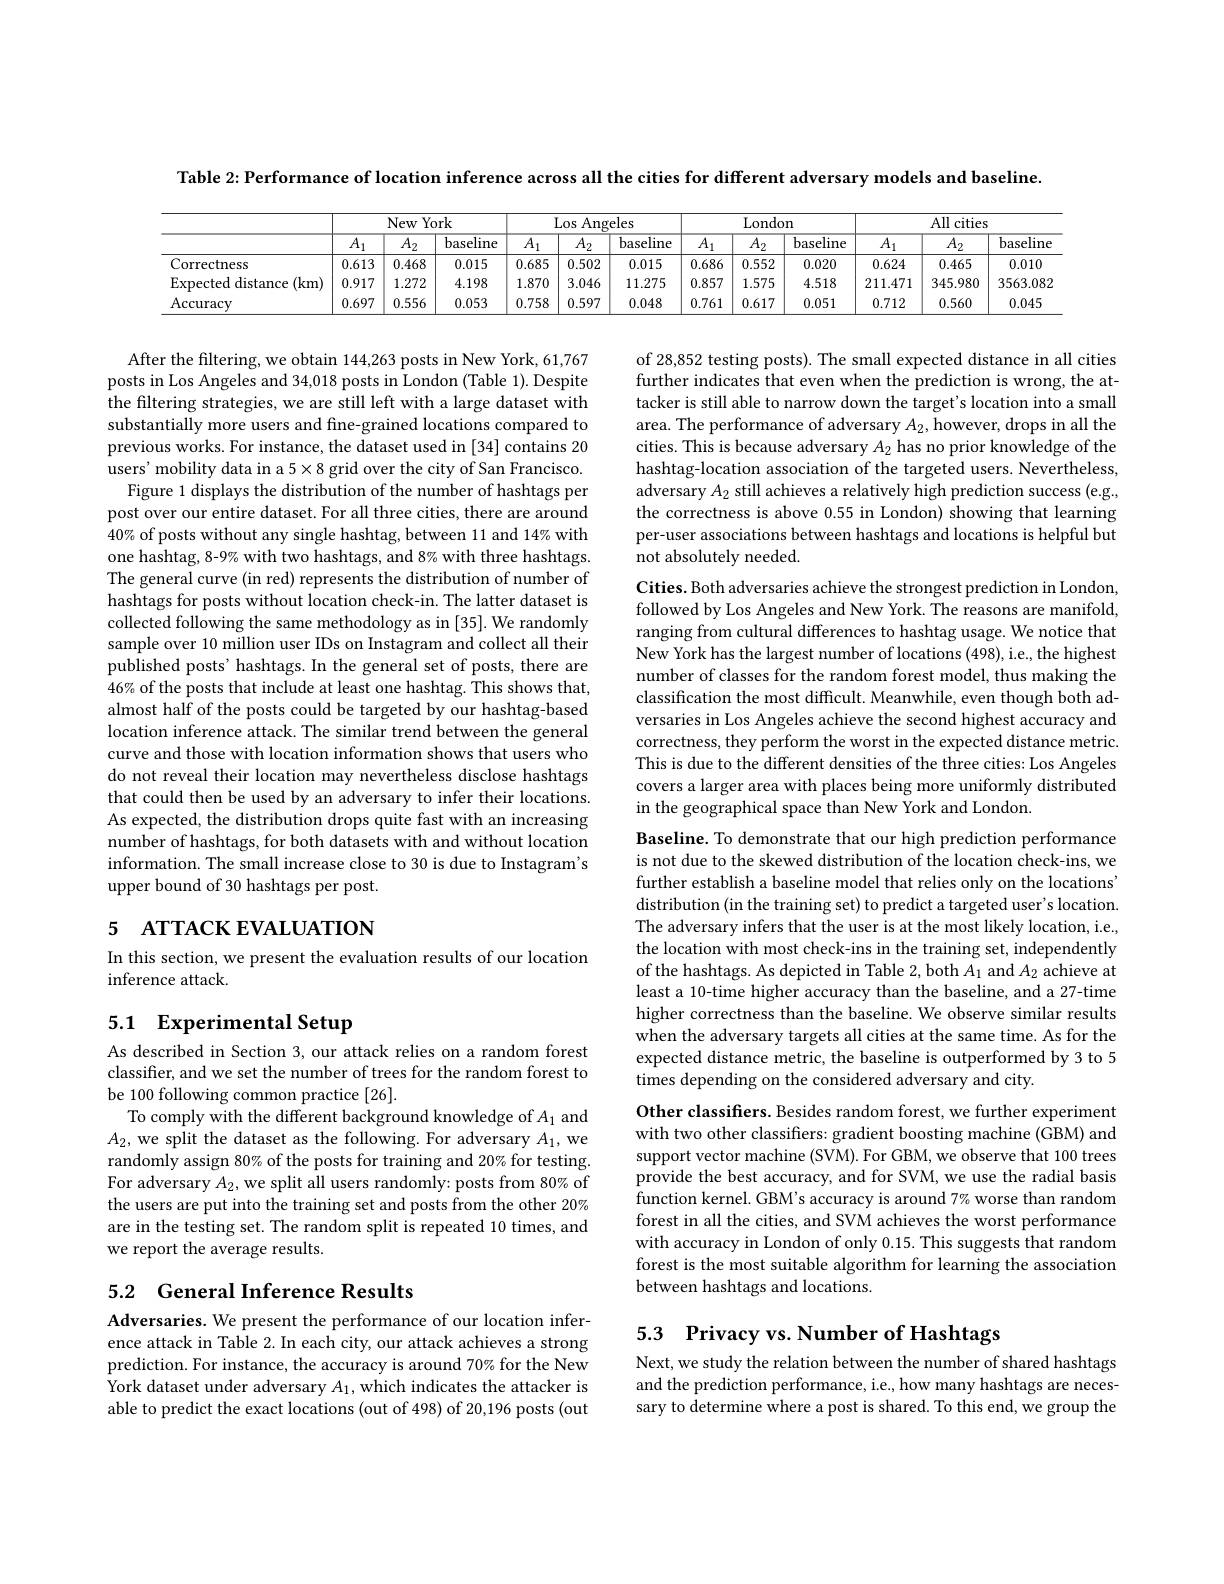
Table 2: Performance of location inference across all the cities for different adversary models and baseline.

<table>
	<tbody>
		<tr>
			<th> </th>
			<th colspan="3">New York</th>
			<th colspan="3">Los Angeles</th>
			<th> </th>
			<th colspan="2">London</th>
			<th colspan="3">All cities</th>
		</tr>
		<tr>
			<th> </th>
			<th>$\overline{A_1}$</th>
			<th>$\overline{A_2}$</th>
			<th>baseline</th>
			<th>$\overline{A_1}$</th>
			<th>$\overline{A_2}$</th>
			<th>baseline</th>
			<th>$\overline{A_1}$</th>
			<th>$\overline{A_2}$</th>
			<th>baseline</th>
			<th>$\overline{A_1}$</th>
			<th>$\overline{A_2}$</th>
			<th>baseline</th>
		</tr>
		<tr>
			<td>Correctness</td>
			<td>0.613</td>
			<td>0.468</td>
			<td>0.015</td>
			<td>0.685</td>
			<td>0.502</td>
			<td>0.015</td>
			<td>0.686</td>
			<td>0.552</td>
			<td>0.020</td>
			<td>0.624</td>
			<td>0.465</td>
			<td>0.010</td>
		</tr>
		<tr>
			<td>$\operatorname{Expected}$ distance (km) $1f$</td>
			<td>0.917</td>
			<td>1.272</td>
			<td>4.198</td>
			<td>1.870</td>
			<td>3.046</td>
			<td>11.275</td>
			<td>0.857</td>
			<td>1.575</td>
			<td>4.518</td>
			<td>211.471</td>
			<td>345.980</td>
			<td>3563.082</td>
		</tr>
		<tr>
			<td>$\operatorname{Accuracy}$</td>
			<td>0.697</td>
			<td>0.556</td>
			<td>0.053</td>
			<td>0.758</td>
			<td>0.597</td>
			<td>0.048</td>
			<td>0.761</td>
			<td>0.617</td>
			<td>0.051</td>
			<td>0.712</td>
			<td>0.560</td>
			<td>0.045</td>
		</tr>
	</tbody>
</table>

of 28,852 testing posts). The small expected distance in all cities further indicates that even when the prediction is wrong, the attacker is still able to narrow down the target's location into a small area. The performance of adversary $A_2$,however, drops in all the cities. This is because adversary $A_2$ has no prior knowledge of the hashtag-location association of the targeted users. Nevertheless, adversary $A_2$ still achieves a relatively high prediction success (e.g., the correctness is above 0.55 in London) showing that learning per-user associations between hashtags and locations is helpful but not absolutely needed.

After the filtering, we obtain 144,263 posts in New York, 61,767 posts in Los Angeles and 34,018 posts in London (Table 1). Despite the filtering strategies, we are still left with a large dataset with substantially more users and fine-grained locations compared to previous works. For instance, the dataset used in [34] contains 20 users' mobility data in a 5$\times8$ grid over the city of San Francisco.
Figure 1 displays the distribution of the number of hashtags per post over our entire dataset. For all three cities, there are around 40% of posts without any single hashtag, between 11 and 14% with one hashtag, 8-9% with two hashtags, and 8% with three hashtags. The general curve (in red) represents the distribution of number of hashtags for posts without location check-in. The latter dataset is collected following the same methodology as in [35]. We randomly sample over 10 million user IDs on Instagram and collect all their published posts' hashtags. In the general set of posts, there are 46% of the posts that include at least one hashtag. This shows that, almost half of the posts could be targeted by our hashtag-based location inference attack. The similar trend between the general curve and those with location information shows that users who do not reveal their location may nevertheless disclose hashtags that could then be used by an adversary to infer their locations. As expected, the distribution drops quite fast with an increasing number of hashtags, for both datasets with and without location information. The small increase close to 30 is due to Instagram's upper bound of 30 hashtags per post.

Cities. Both adversaries achieve the strongest prediction in London, followed by Los Angeles and New York. The reasons are manifold, ranging from cultural differences to hashtag usage. We notice that New York has the largest number of locations (498), i.e., the highest number of classes for the random forest model, thus making the classification the most difficult. Meanwhile, even though both adversaries in Los Angeles achieve the second highest accuracy and correctness, they perform the worst in the expected distance metric. This is due to the different densities of the three cities: Los Angeles covers a larger area with places being more uniformly distributed in the geographical space than New York and London.

# 5 АТТАСК ЕУАLUАТIОN

Baseline. To demonstrate that our high prediction performance is not due to the skewed distribution of the location check-ins, we further establish a baseline model that relies only on the locations' distribution (in the training set) to predict a targeted user's location. The adversary infers that the user is at the most likely location, i.e., the location with most check-ins in the training set, independently of the hashtags. As depicted in Table 2, both $A_1$ and $A_2$ achieve at least a 10-time higher accuracy than the baseline, and a 27-time higher correctness than the baseline. We observe similar results when the adversary targets all cities at the same time. As for the expected distance metric, the baseline is outperformed by 3 to 5 times depending on the considered adversary and city.
Other classifiers. Besides random forest, we further experiment

In this section, we present the evaluation results of our location
inference attack.

# 5.1 Experimental Setup

As described in Section 3, our attack relies on a random forest classifier, and we set the number of trees for the random forest to be 100 following common practice [26].
To comply with the different background knowledge of $A_1$ and $A_2$, we split the dataset as the following. For adversary $A_1$, we randomly assign 80% of the posts for training and 20% for testing. For adversary $A_2$, we split all users randomly: posts from 80% of the users are put into the training set and posts from the other 20% are in the testing set. The random split is repeated 10 times, and we report the average results.

with two other classifiers: gradient boosting machine (GBM) and support vector machine (SVM). For GBM, we observe that 100 trees provide the best accuracy, and for SVM, we use the radial basis function kernel. GBM's accuracy is around 7% worse than random forest in all the cities, and SVM achieves the worst performance with accuracy in London of only 0.15. This suggests that random forest is the most suitable algorithm for learning the association between hashtags and locations.

## 5.2 General Inference Results

5.3 Privacy vs. Number of Hashtags

Adversaries. We present the performance of our location inference attack in Table 2. In each city, our attack achieves a strong prediction. For instance, the accuracy is around 70% for the New York dataset under adversary $A_1$,which indicates the attacker is able to predict the exact locations (out of 498) of 20,196 posts (out

Next, we study the relation between the number of shared hashtags and the prediction performance, i.e., how many hashtags are necessary to determine where a post is shared. To this end, we group the